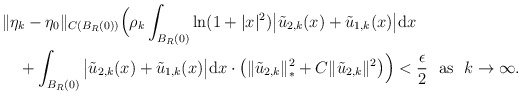
\begin{align*}\begin{aligned} &\|\eta_k-\eta_0\|_{C(B_R(0))}\Big(\rho_k\int_{B_R(0)}{\rm ln}(1+|x|^2)\big|\tilde u_{2,k}(x)+\tilde u_{1,k}(x)\big|{\rm d}x\\ &\quad+\int_{B_R(0)}\big|\tilde u_{2,k}(x) +\tilde u_{1,k}(x)\big|{\rm d}x \cdot\big(\|\tilde u_{2,k}\|_*^2+C\|\tilde u_{2,k}\|^2\big)\Big) < \frac{\epsilon}{2}\ \ \mbox{as}\ \ k\to\infty.\end{aligned}\end{align*}